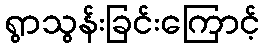
ရွာသွန်းခြင်းကြောင့်